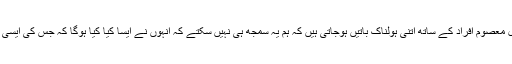
اسی طرح بالکل معصوم افراد کے ساتھ اتنی ہولناک باتیں ہوجاتی ہیں کہ ہم یہ سمجھ ہی نہیں سکتے کہ انہوں نے ایسا کیا کیا ہوگا کہ جس کی ایسی سزاان کو ملے۔